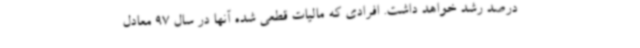
درصد رشد خواهد داشت. افرادی که مالیات قطعی شده آنها در سال 97 معادل